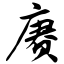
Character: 赓